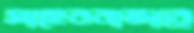
সাহেববাজারে